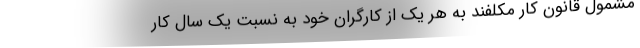
مشمول قانون کار مکلفند به هر یک از کارگران خود به نسبت یک سال کار